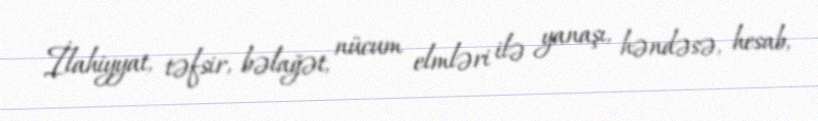
İlahiyyat, təfsir, bəlağət, nücum elmləri ilə yanaşı, həndəsə, hesab,